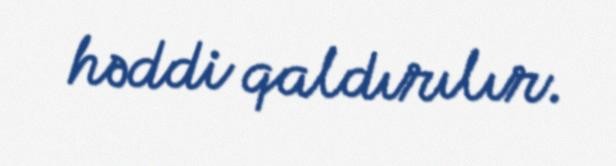
həddi qaldırılır.